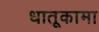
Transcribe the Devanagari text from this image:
धातूकामा